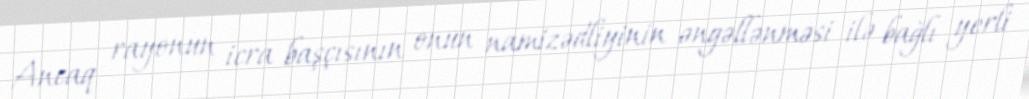
Ancaq rayonun icra başçısının onun namizədliyinin əngəllənməsi ilə bağlı yerli